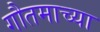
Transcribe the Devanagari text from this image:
गौतमाच्या